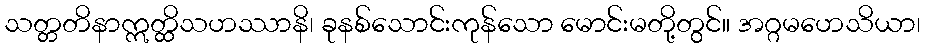
သတ္တတိနာဣတ္ထိသဟဿာနိ၊ ခုနစ်သောင်းကုန်သော မောင်းမတို့တွင်။ အဂ္ဂမဟေသိယာ၊